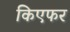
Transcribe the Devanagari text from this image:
किएफर